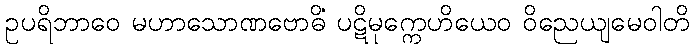
ဥပရိဘာဝေ မဟာသောဏဗောဓိံ ပဋိမုက္ကေဟိယေဝ ဝိညေယျမေဝါတိ